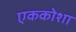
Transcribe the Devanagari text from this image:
एककोशा